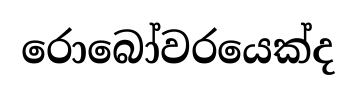
රොබෝවරයෙක්ද